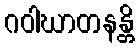
ဂဝါဃာတနန္တိ